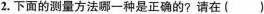
2.下面的测量方法哪一种是正确的？请在 ()